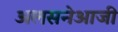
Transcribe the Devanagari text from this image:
अलसनेआजी